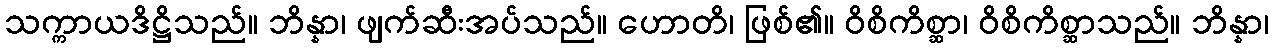
သက္ကာယဒိဋ္ဌိသည်။ ဘိန္နာ၊ ဖျက်ဆီးအပ်သည်။ ဟောတိ၊ ဖြစ်၏။ ဝိစိကိစ္ဆာ၊ ဝိစိကိစ္ဆာသည်။ ဘိန္နာ၊